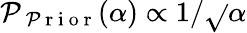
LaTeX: \mathcal{P}_{\mathrm{{~\mathcal{P}~r~i~o~r~}}}(\alpha)\propto1/\sqrt{}{{\alpha}}